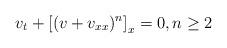
LaTeX: \begin{align*}v_t+\left[(v+v_{xx})^n\right]_x=0,n\geq2\end{align*}